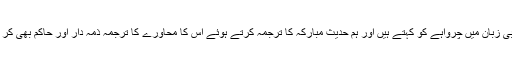
راعی عربی زبان میں چرواہے کو کہتے ہیں اور ہم حدیثِ مبارکہ کا ترجمہ کرتے ہوئے اس کا محاورے کا ترجمہ ذمہ دار اور حاکم بھی کر دیتے ہیں۔